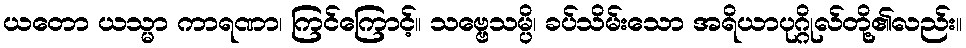
ယတော ယသ္မာ ကာရဏာ၊ ကြင်ကြောင့်။ သဗ္ဗေသမ္ပိ၊ ခပ်သိမ်းသော အရိယာပုဂ္ဂိုလ်တို့၏လည်း။